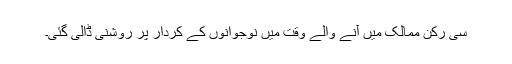
سی رکن ممالک میں آنے والے وقت میں نوجوانوں کے کردار پر روشنی ڈالی گئی۔